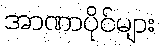
အာဏာပိုင်များ